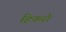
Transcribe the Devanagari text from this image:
हिकरी